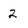
Character: 2